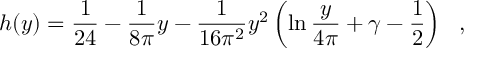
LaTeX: h ( y ) = \frac { 1 } { 2 4 } - \frac { 1 } { 8 \pi } y - \frac { 1 } { 1 6 \pi ^ { 2 } } y ^ { 2 } \left( \ln \frac { y } { 4 \pi } + \gamma - \frac { 1 } { 2 } \right) ~ ~ ,